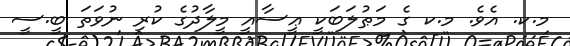
މ.ކ. އެވެ. މ.ކ ގެ މަޠުލަބަކީ ޢީސާއީ މީލާދުގެ ކުރި ނުވަތަ ބީ.ސީ